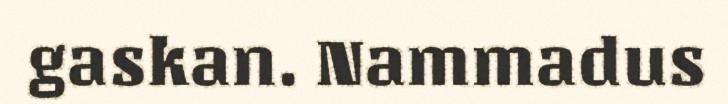
gaskan. Nammadus